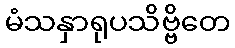
မံသနှာရုပသိဗ္ဗိတေ